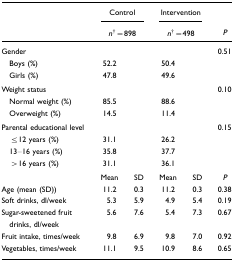
<table><thead><tr><td rowspan="3"></td><td colspan="2"><b>Control</b></td><td colspan="2"><b>Intervention</b></td><td rowspan="3"><b><i>P</i></b></td></tr><tr><td colspan="2"><b><i>n</i>†=898</b></td><td colspan="2"><b><i>n</i>†=498</b></td></tr></thead><tbody><tr><td>Gender</td><td></td><td></td><td></td><td></td><td>0.51</td></tr><tr><td> Boys (%)</td><td>52.2</td><td></td><td>50.4</td><td></td><td></td></tr><tr><td> Girls (%)</td><td>47.8</td><td></td><td>49.6</td><td></td><td></td></tr><tr><td>Weight status</td><td></td><td></td><td></td><td></td><td>0.10</td></tr><tr><td> Normal weight (%)</td><td>85.5</td><td></td><td>88.6</td><td></td><td></td></tr><tr><td> Overweight (%)</td><td>14.5</td><td></td><td>11.4</td><td></td><td></td></tr><tr><td>Parental educational level</td><td></td><td></td><td></td><td></td><td>0.15</td></tr><tr><td> ≤12 years (%)</td><td>31.1</td><td></td><td>26.2</td><td></td><td></td></tr><tr><td> 13–16 years (%)</td><td>35.8</td><td></td><td>37.7</td><td></td><td></td></tr><tr><td> &gt;16 years (%)</td><td>31.1</td><td></td><td>36.1</td><td></td><td></td></tr><tr><td></td><td>Mean</td><td>SD</td><td>Mean</td><td>SD</td><td><i>P</i></td></tr><tr><td>Age (mean (SD))</td><td>11.2</td><td>0.3</td><td>11.2</td><td>0.3</td><td>0.38</td></tr><tr><td>Soft drinks, dl/week</td><td>5.3</td><td>5.9</td><td>4.9</td><td>5.4</td><td>0.19</td></tr><tr><td>Sugar-sweetened fruit drinks, dl/week</td><td>5.6</td><td>7.6</td><td>5.4</td><td>7.3</td><td>0.67</td></tr><tr><td>Fruit intake, times/week</td><td>9.8</td><td>6.9</td><td>9.8</td><td>7.0</td><td>0.92</td></tr><tr><td>Vegetables, times/week</td><td>11.1</td><td>9.5</td><td>10.9</td><td>8.6</td><td>0.65</td></tr></tbody></table>